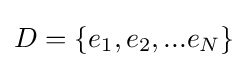
D=\{e_{1},e_{2},...e_{N}\}